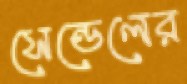
সেন্ডেলের